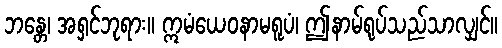
ဘန္တေ၊ အရှင်ဘုရား။ ဣမံယေဝနာမရူပံ၊ ဤနာမ်ရုပ်သည်သာလျှင်။